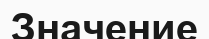
Значение